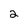
Character: 2